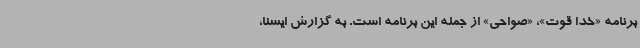
برنامه «خدا قوت»، «صواحی» از جمله این برنامه است. به گزارش ایسنا،